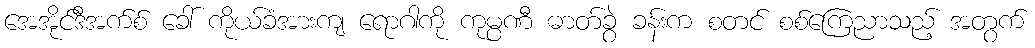
အေအိုင်ဒီအက်စ် ခေါ် ကိုယ်ခံအားကျ ရောဂါကို ကုမ္ပဏီ ဓာတ်ခွဲ ခန်းက စတင် စစ်ကြေညာသည့် အတွက်